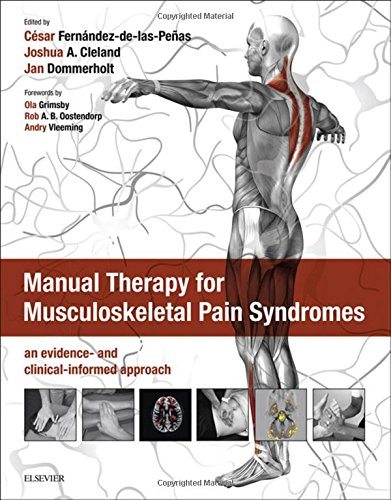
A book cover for Manual Therapy for Musculoskeletal Pain Syndromes: an evidence- and clinical-informed approach, 1e; Medical Books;